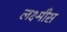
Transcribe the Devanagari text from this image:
लक्ष्मीस